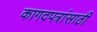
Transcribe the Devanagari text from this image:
कागदपत्रांसाठी